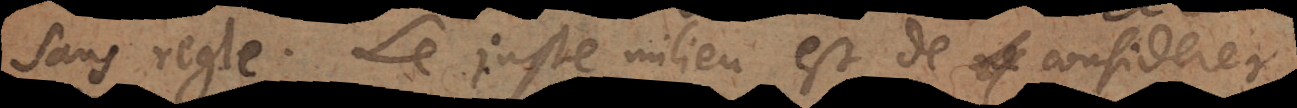
sans regle. Le juste milieu est de considerer